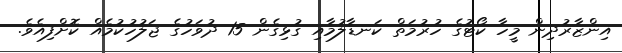
އިންޒާރުދިން މީހާ ކޯޓުގެ ހުރުމަތް ކަނޑާލުމާއި ގުޅިގެން 15 ދުވަހުގެ ޖަލުހުކުމެއް ކޮށްފިއެވެ.